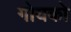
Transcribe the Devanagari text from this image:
गोयको